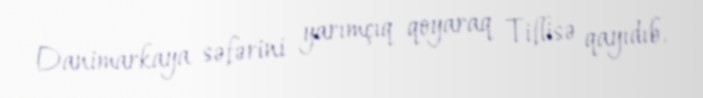
Danimarkaya səfərini yarımçıq qoyaraq Tiflisə qayıdıb.